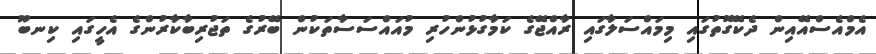
އެމްއެސްއޭއިން ދެކޭގޮތުގައި މިމައްސަލާގައި ރާއްޖޭގެ ކަމާގުޅުންހުރި މުއައްސަސާތަކުން ބޭރުގެ ތަޖުރިބާކާރުންގެ އެހީގައި ކިނބޫ